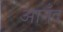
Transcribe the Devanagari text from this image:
आनँद